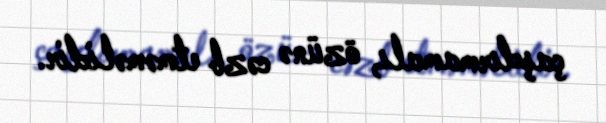
çaşdırmamalı, özünə cəzb etməməlidir.